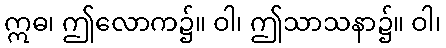
ဣဓ၊ ဤလောက၌။ ဝါ၊ ဤသာသနာ၌။ ဝါ၊